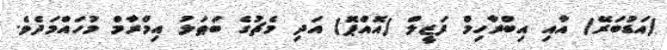
(އަޑުބަރޭ) އާއި އިބްރާހިމް ފަޒީލް (އޮއްޕޮ) އަދި މެޗުގެ ބަޠަލު އިމްރާމް މުހައްމަދެވެ.